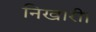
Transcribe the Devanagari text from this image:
निखारी।